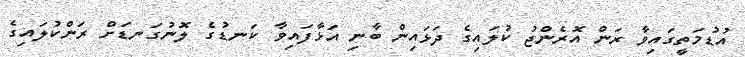
އުޑުމަތީގައިވާ ރަން އޮރެންޖު ކުލައިގެ ދަޅައިން ބާނި އަޅާފައިވާ ކަނޑުގެ ލޮނުގަނޑަށް ރަންކުލައިގެ